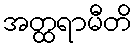
အတ္ထရာမီတိ